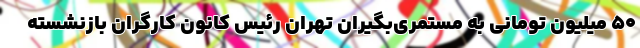
۵۰ میلیون تومانی به مستمری‌بگیران تهران رئیس کانون کارگران بازنشسته